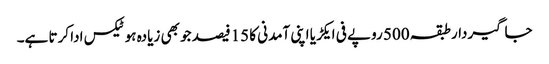
جاگیردارطبقہ 500 روپے فی ایکڑیا اپنی آمدنی کا 15فیصد جو بھی زیادہ ہوٹیکس ادا کرتا ہے۔